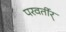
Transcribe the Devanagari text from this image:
परवर्तीर्